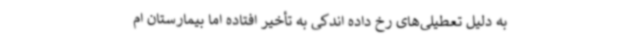
به دلیل تعطیلی‌های رخ داده اندکی به تأخیر افتاده اما بیمارستان ام